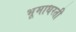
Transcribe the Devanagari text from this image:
भूमाधरती